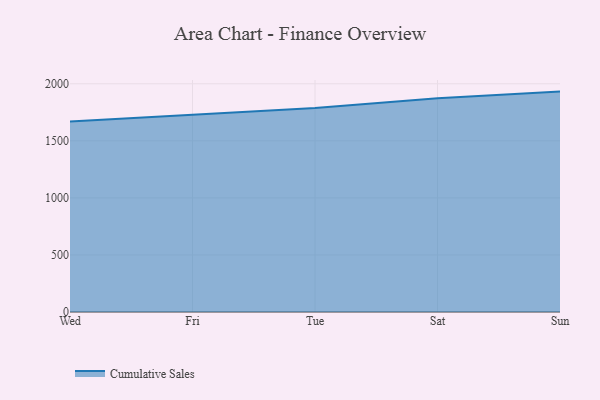
{"axis": {"x": "Day", "y": "Headcount"}, "legend": ["Cumulative Sales"], "data": [{"x": "Wed", "y": 1670.2, "type": "Cumulative Sales"}, {"x": "Fri", "y": 1725.3, "type": "Cumulative Sales"}, {"x": "Tue", "y": 1786.8, "type": "Cumulative Sales"}, {"x": "Sat", "y": 1874.0, "type": "Cumulative Sales"}, {"x": "Sun", "y": 1931.4, "type": "Cumulative Sales"}]}